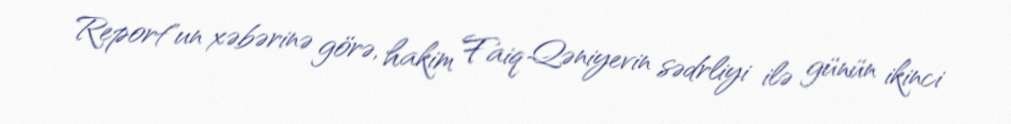
Report"un xəbərinə görə, hakim Faiq Qəniyevin sədrliyi ilə günün ikinci